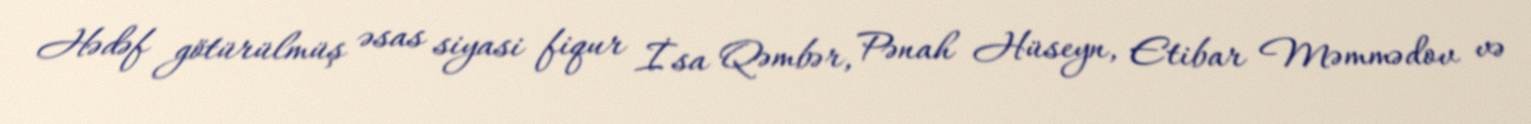
Hədəf götürülmüş əsas siyasi fiqur İsa Qəmbər, Pənah Hüseyn, Etibar Məmmədov və